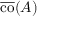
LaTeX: { \overline { { \operatorname { c o } } } } ( A )